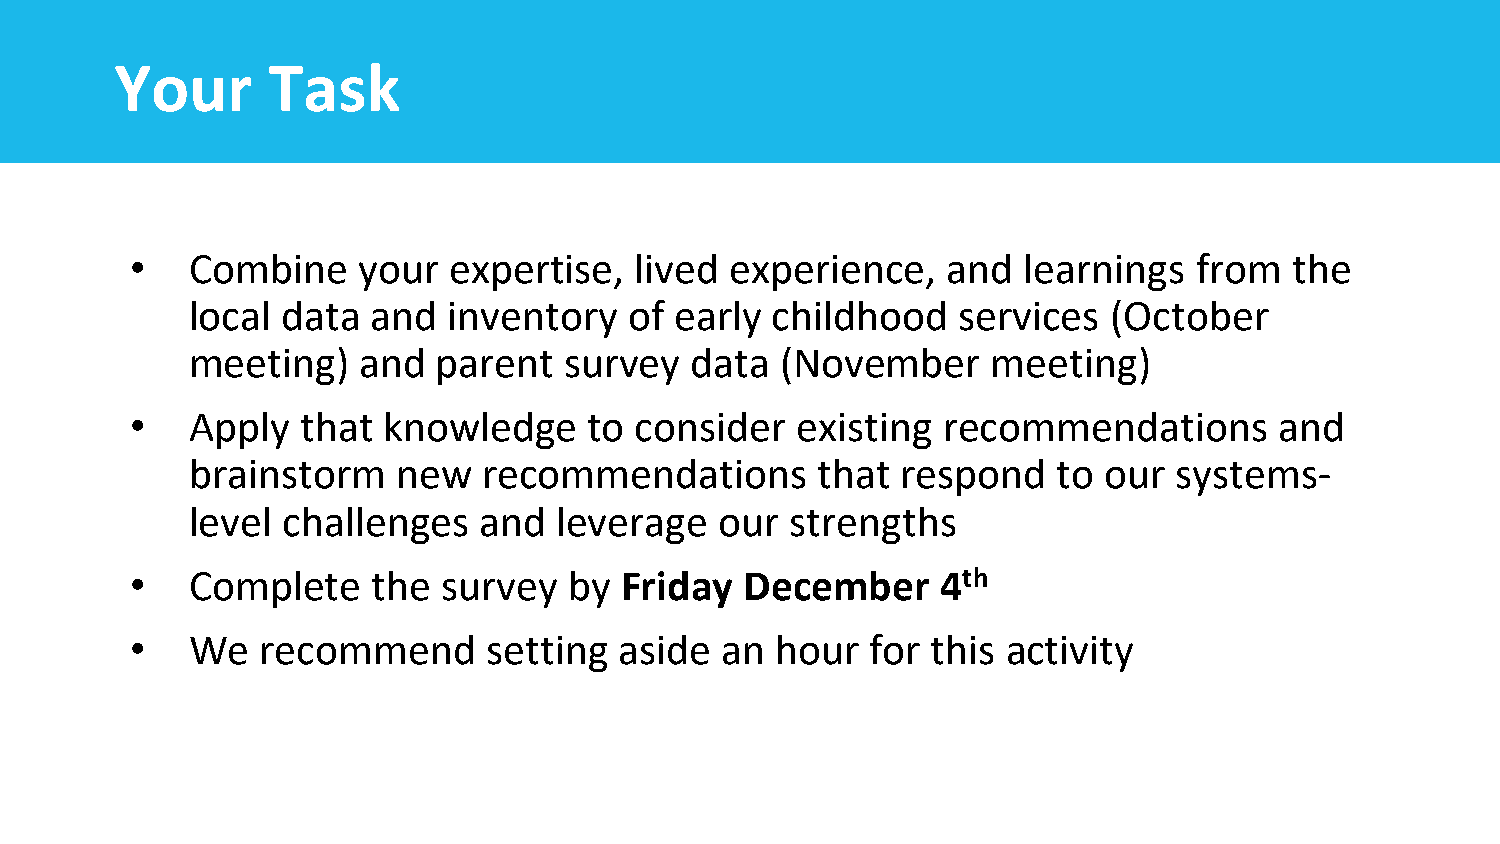
Your      Task
 •   Combine    your  expertise,  lived experience,    and  learnings  from   the
 local data  and  inventory   of early childhood   services   (October
 meeting)   and  parent  survey   data  (November     meeting)
 •   Apply  that knowledge     to consider   existing recommendations        and
 brainstorm   new   recommendations       that  respond   to our  systems-
 level challenges   and  leverage   our strengths
 •   Complete    the survey   by Friday  December     4th
 •   We  recommend      setting  aside  an hour   for this activity